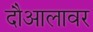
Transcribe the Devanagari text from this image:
दौआलावर